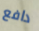
دافع